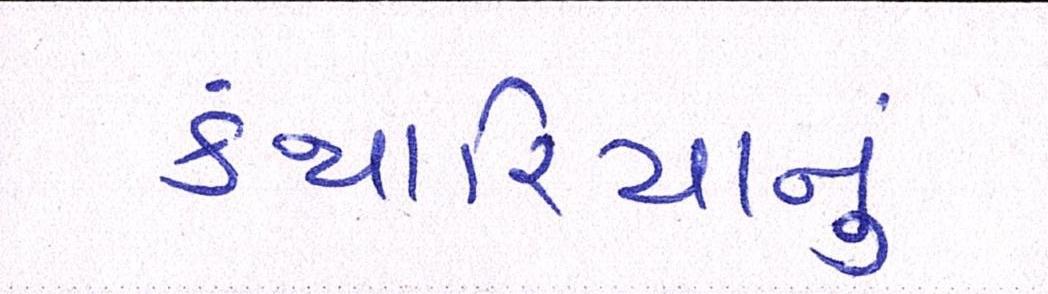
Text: કંથારિયાનું